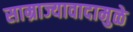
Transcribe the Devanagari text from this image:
साम्राज्यावादामुळे